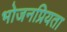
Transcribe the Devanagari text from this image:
भोजनप्रियता